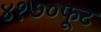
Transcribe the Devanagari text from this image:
४१७०फूट